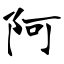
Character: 阿